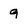
Character: 9